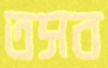
তসব